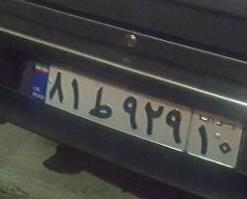
۸۱ط۹۲۹۱۰